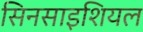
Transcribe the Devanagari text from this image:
सिनसाइशियल